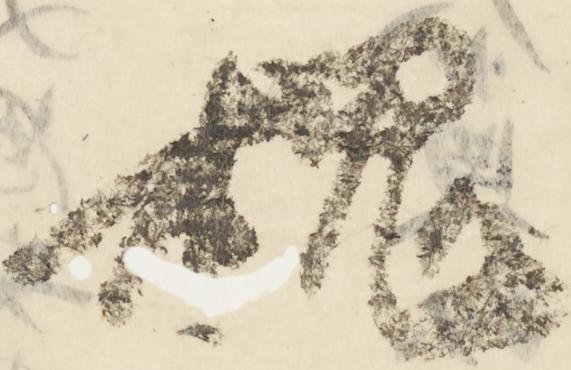
槐